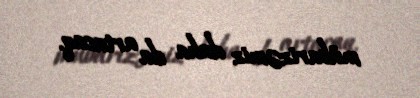
mübarizəmiz daha da artacaq.